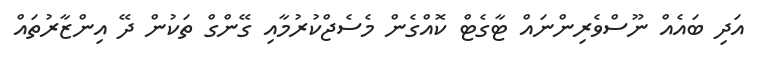
އަދި ބައެއް ނޫސްވެރިންނައް ޓާގެޓް ކޮއްގެން މެސެޖްކުރުމާއި ގޭންގް ތަކުން ދޭ އިންޒާރުތައް